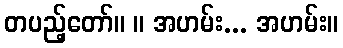
တပည့်တော်။ ။ အဟမ်း... အဟမ်း။